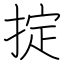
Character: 掟